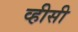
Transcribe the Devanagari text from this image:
व्हीसी